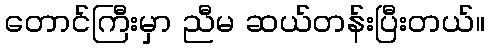
တောင်ကြီးမှာ ညီမ ဆယ်တန်းပြီးတယ်။